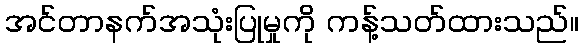
အင်တာနက်အသုံးပြုမှုကို ကန့်သတ်ထားသည်။